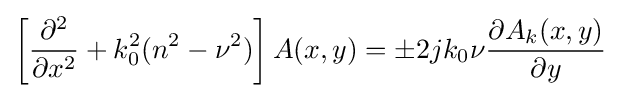
\left[{\frac {\partial ^{2}}{\partial x^{2}}}+k_{0}^{2}(n^{2}-\nu ^{2})\right]A(x,y)=\pm 2jk_{0}\nu {\frac {\partial A_{k}(x,y)}{\partial y}}